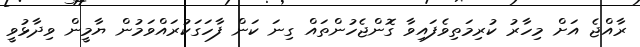
ރާއްޖެ އަށް މިހާރު ކުރިމަތިވެފައިވާ ގޮންޖެހުންތައް ގިނަ ކަން ފާހަގަކުރައްވަމުން ޔާމީން ވިދާޅުވީ